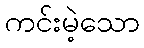
ကင်းမဲ့သော